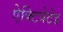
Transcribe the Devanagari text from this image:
ऐक्टिवेटेड